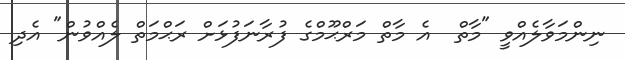
ނިންމަވާލެއްވީ "މާތް  އެ މާތް މަރްޙޫމްގެ ފުރާނަފުޅަށް ރަޙްމަތް ލެއްވުން" އެދި